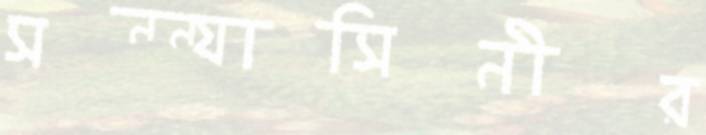
সন্ন্যাসিনীর